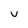
Character: v